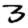
Digit: 3